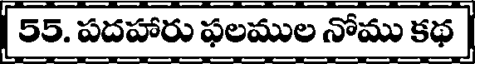
| 55. పదహారు ఫలముల నోము కథ |